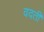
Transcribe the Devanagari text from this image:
वदती